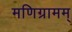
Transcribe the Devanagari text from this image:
मणिग्रामम्